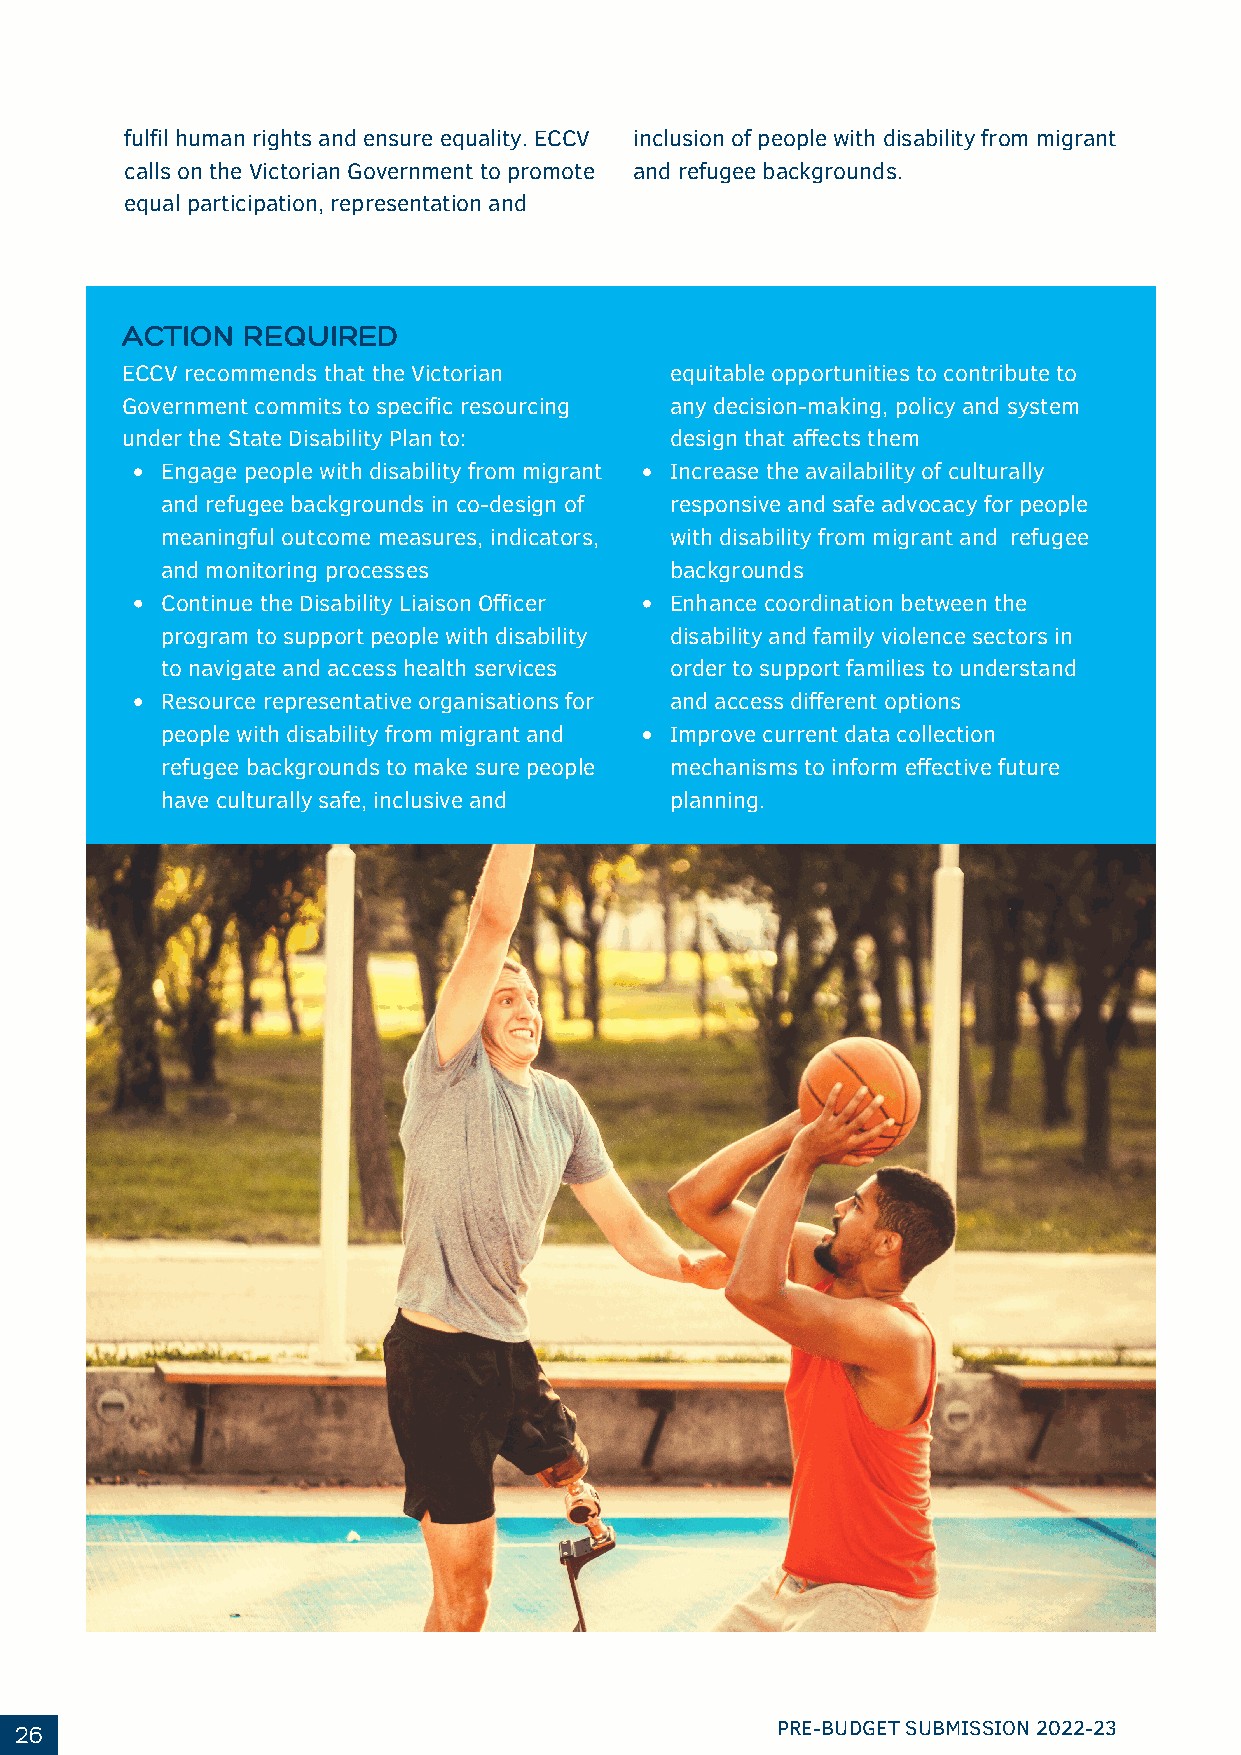
fulfil human rights and ensure equality. ECCV inclusion of people with disability from migrant
 calls on the Victorian Government to promote and refugee backgrounds.
 equal participation, representation and
 ACTION  REQUIRED
 ECCV recommends that the Victorian  equitable opportunities to contribute to
 Government commits to specific resourcing any decision-making, policy and system
 under the State Disability Plan to: design that affects them
 Engage people with disability from migrant Increase the availability of culturally
 and refugee backgrounds in co-design of responsive and safe advocacy for people
 meaningful outcome measures, indicators, with disability from migrant and refugee
 and monitoring processes         backgrounds
 Continue the Disability Liaison Officer Enhance coordination between the
 program to support people with disability disability and family violence sectors in
 to navigate and access health services order to support families to understand
 Resource representative organisations for and access different options
 people with disability from migrant and Improve current data collection
 refugee backgrounds to make sure people mechanisms to inform effective future
 have culturally safe, inclusive and planning.
 26                                                PRE-BUDGET SUBMISSION 2022-23